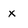
Character: x